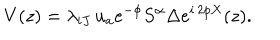
V ( z ) = \lambda _ { i J } \, u _ { a } e ^ { - \phi } { S ^ { \alpha } } \Delta e ^ { i \, 2 p X } ( z ) .